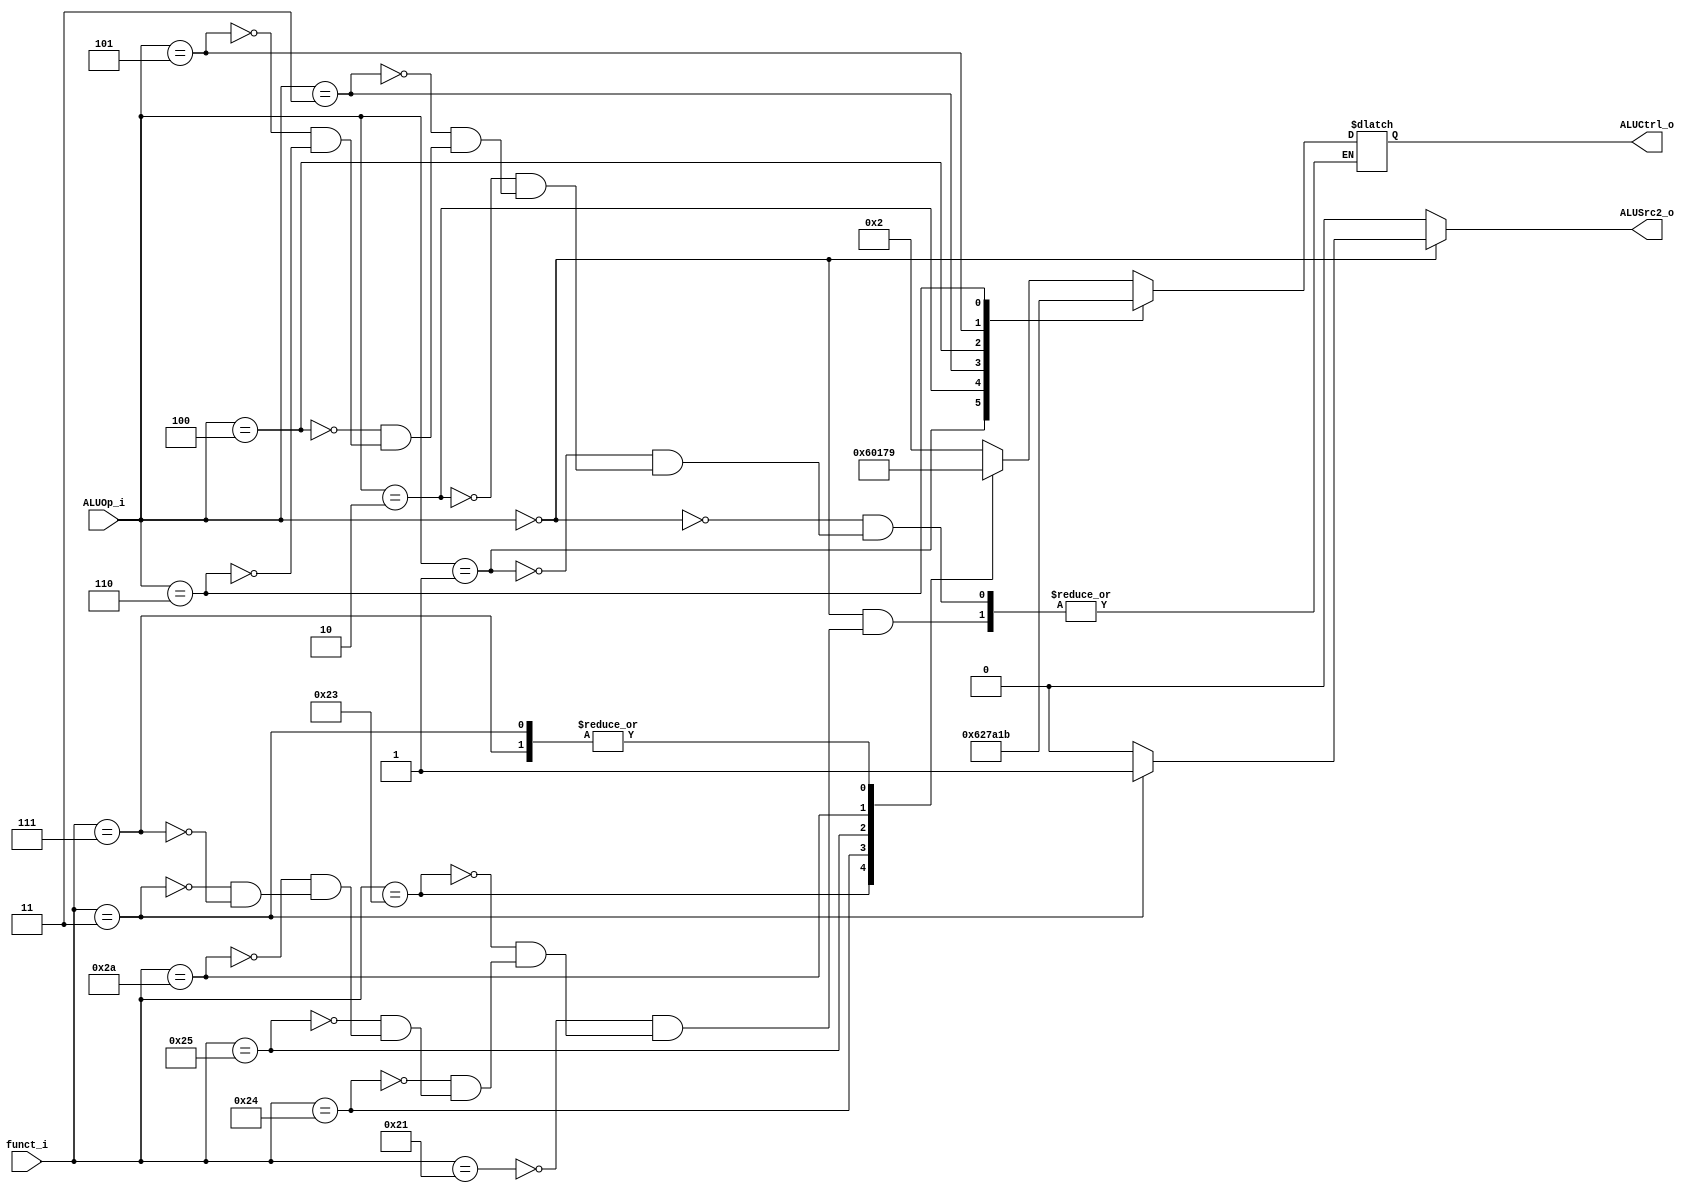
//Subject:     CO project 2 - ALU Controller
//--------------------------------------------------------------------------------
//Version:     1
//--------------------------------------------------------------------------------
//Writer:      0516003
//----------------------------------------------
//Date:        
//----------------------------------------------
//Description: 
//--------------------------------------------------------------------------------

module ALU_Ctrl(
          funct_i,
          ALUOp_i,
          ALUCtrl_o,
          ALUSrc2_o
          );
          
//I/O ports 
input      [6-1:0] funct_i;
input      [3-1:0] ALUOp_i;

output     [4-1:0] ALUCtrl_o;    
output ALUSrc2_o;
     
//Internal Signals
reg        [4-1:0] ALUCtrl_o;
reg ALUSrc2_o=0;

//Parameter

       
//Select exact operation
always @(*) begin
	ALUSrc2_o=1'b0;
	case(ALUOp_i)
		3'b000:
			case(funct_i)
				6'b100001:ALUCtrl_o[3:0]<=4'd2;
				6'b100011:ALUCtrl_o[3:0]<=4'd6;
				6'b100100:ALUCtrl_o[3:0]<=4'd0;
				6'b100101:ALUCtrl_o[3:0]<=4'd1;
				6'b101010:ALUCtrl_o[3:0]<=4'd7;
				6'b000011:begin
					ALUCtrl_o[3:0]<=4'd9;
					ALUSrc2_o<=1'b1;
				end
				6'b000111:ALUCtrl_o[3:0]<=4'd9;
			endcase
		3'b001:ALUCtrl_o[3:0]<=4'd6;
		3'b010:ALUCtrl_o[3:0]<=4'd2;
		3'b011:ALUCtrl_o[3:0]<=4'd7;
		3'b100:ALUCtrl_o[3:0]<=4'd10;
		3'b101:ALUCtrl_o[3:0]<=4'd1;
		3'b110:ALUCtrl_o[3:0]<=4'd11;
	endcase
end

endmodule